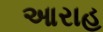
આરાહ